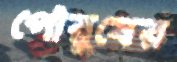
পৌরুষের